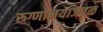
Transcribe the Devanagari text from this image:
रुग्णालयाजवळ